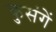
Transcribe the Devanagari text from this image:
कुसंगें